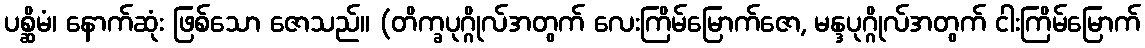
ပစ္ဆိမံ၊ နောက်ဆုံး ဖြစ်သော ဇောသည်။ (တိက္ခပုဂ္ဂိုလ်အတွက် လေးကြိမ်မြောက်ဇော, မန္ဒပုဂ္ဂိုလ်အတွက် ငါးကြိမ်မြောက်